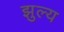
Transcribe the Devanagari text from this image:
झुल्य